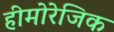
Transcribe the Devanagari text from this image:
हीमोरेजिक